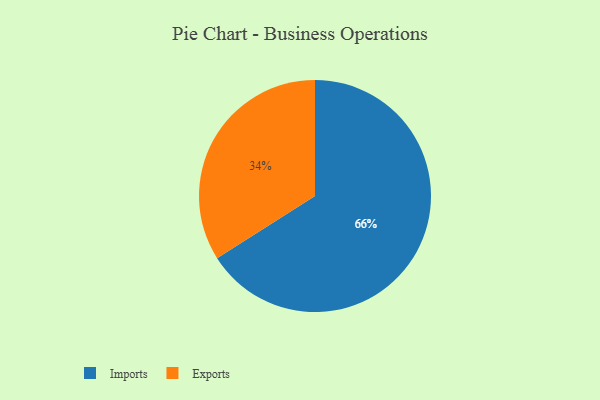
{"axis": {"x": "Category", "y": "Percentage"}, "legend": ["Exports", "Imports"], "data": [{"x": "Exports", "y": 34, "type": "Exports"}, {"x": "Imports", "y": 66, "type": "Imports"}]}